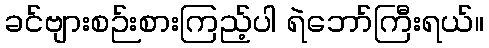
ခင်ဗျားစဉ်းစားကြည့်ပါ ရဲဘော်ကြီးရယ်။